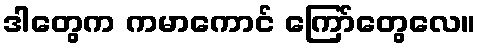
ဒါတွေက ကမာကောင် ကြော်တွေလေ။